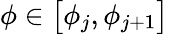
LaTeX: \displaystyle\phi\in\bigl[\phi_{j},\phi_{j+1}\bigr]